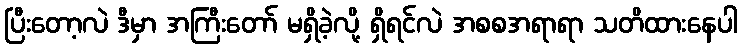
ပြီးတော့လဲ ဒီမှာ အကြီးတော် မရှိခဲ့လို့ ရှိရင်လဲ အစစအရာရာ သတိထားနေပါ